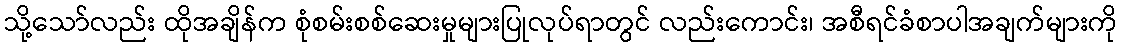
သို့သော်လည်း ထိုအချိန်က စုံစမ်းစစ်ဆေးမှုများပြုလုပ်ရာတွင် လည်းကောင်း၊ အစီရင်ခံစာပါအချက်များကို